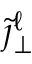
\tilde { \jmath } _ { \perp } ^ { \ell }